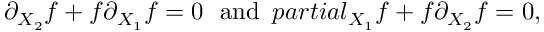
\partial _ { X _ { 2 } } f + f \partial _ { X _ { 1 } } f = 0 \ \ \mathrm { a n d } \ \, p a r t i a l _ { X _ { 1 } } f + f \partial _ { X _ { 2 } } f = 0 ,